Elephants and their diseases
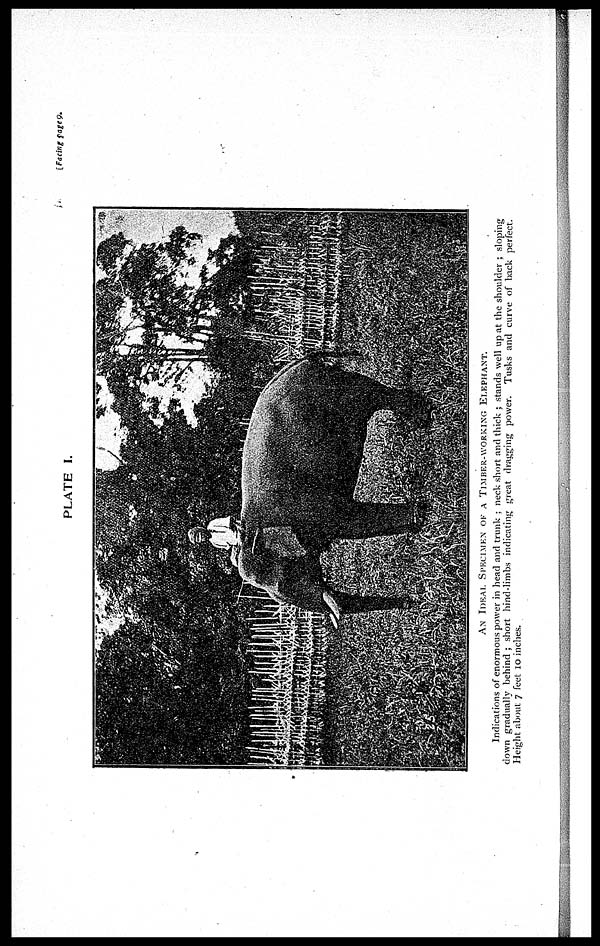
[Facing page 9.
PLATE I.
AN IDEAL SPECIMEN OF A TIMBER-WORKING ELEPHANT.
Indications of enormous power in head and trunk ; neck short and thick ; stands well up at the shoulder ; sloping
down gradually behind ; short hind-limbs indicating great dragging power. Tusks and curve of back perfect.
Height about 7 feet 10 inches.